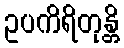
ဥပကိရိတုန္တိ